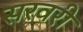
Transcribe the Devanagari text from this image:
सरवरी